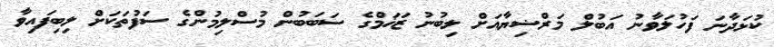
ކުޅަދާނަ ފަހުލަވާނު އަބުލް މަރްޟިޔާއަށް ލިބުނު ޒަޚަމްގެ ސަބަބުން މުސްލިމުންގެ ސަފުތަކަށް ލިބިފައިވާ